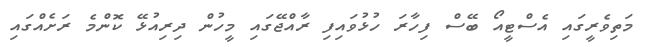
މަތިވެރީގައި އެސްޓީއޯ ބޭސް ފިހާރަ ހުޅުވައިފި ރާއްޖޭގައި މީހުން ދިރިއުޅޭ ކޮންމެ ރަށެއްގައި